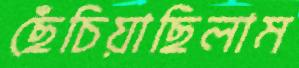
ছেঁচিয়াছিলাম